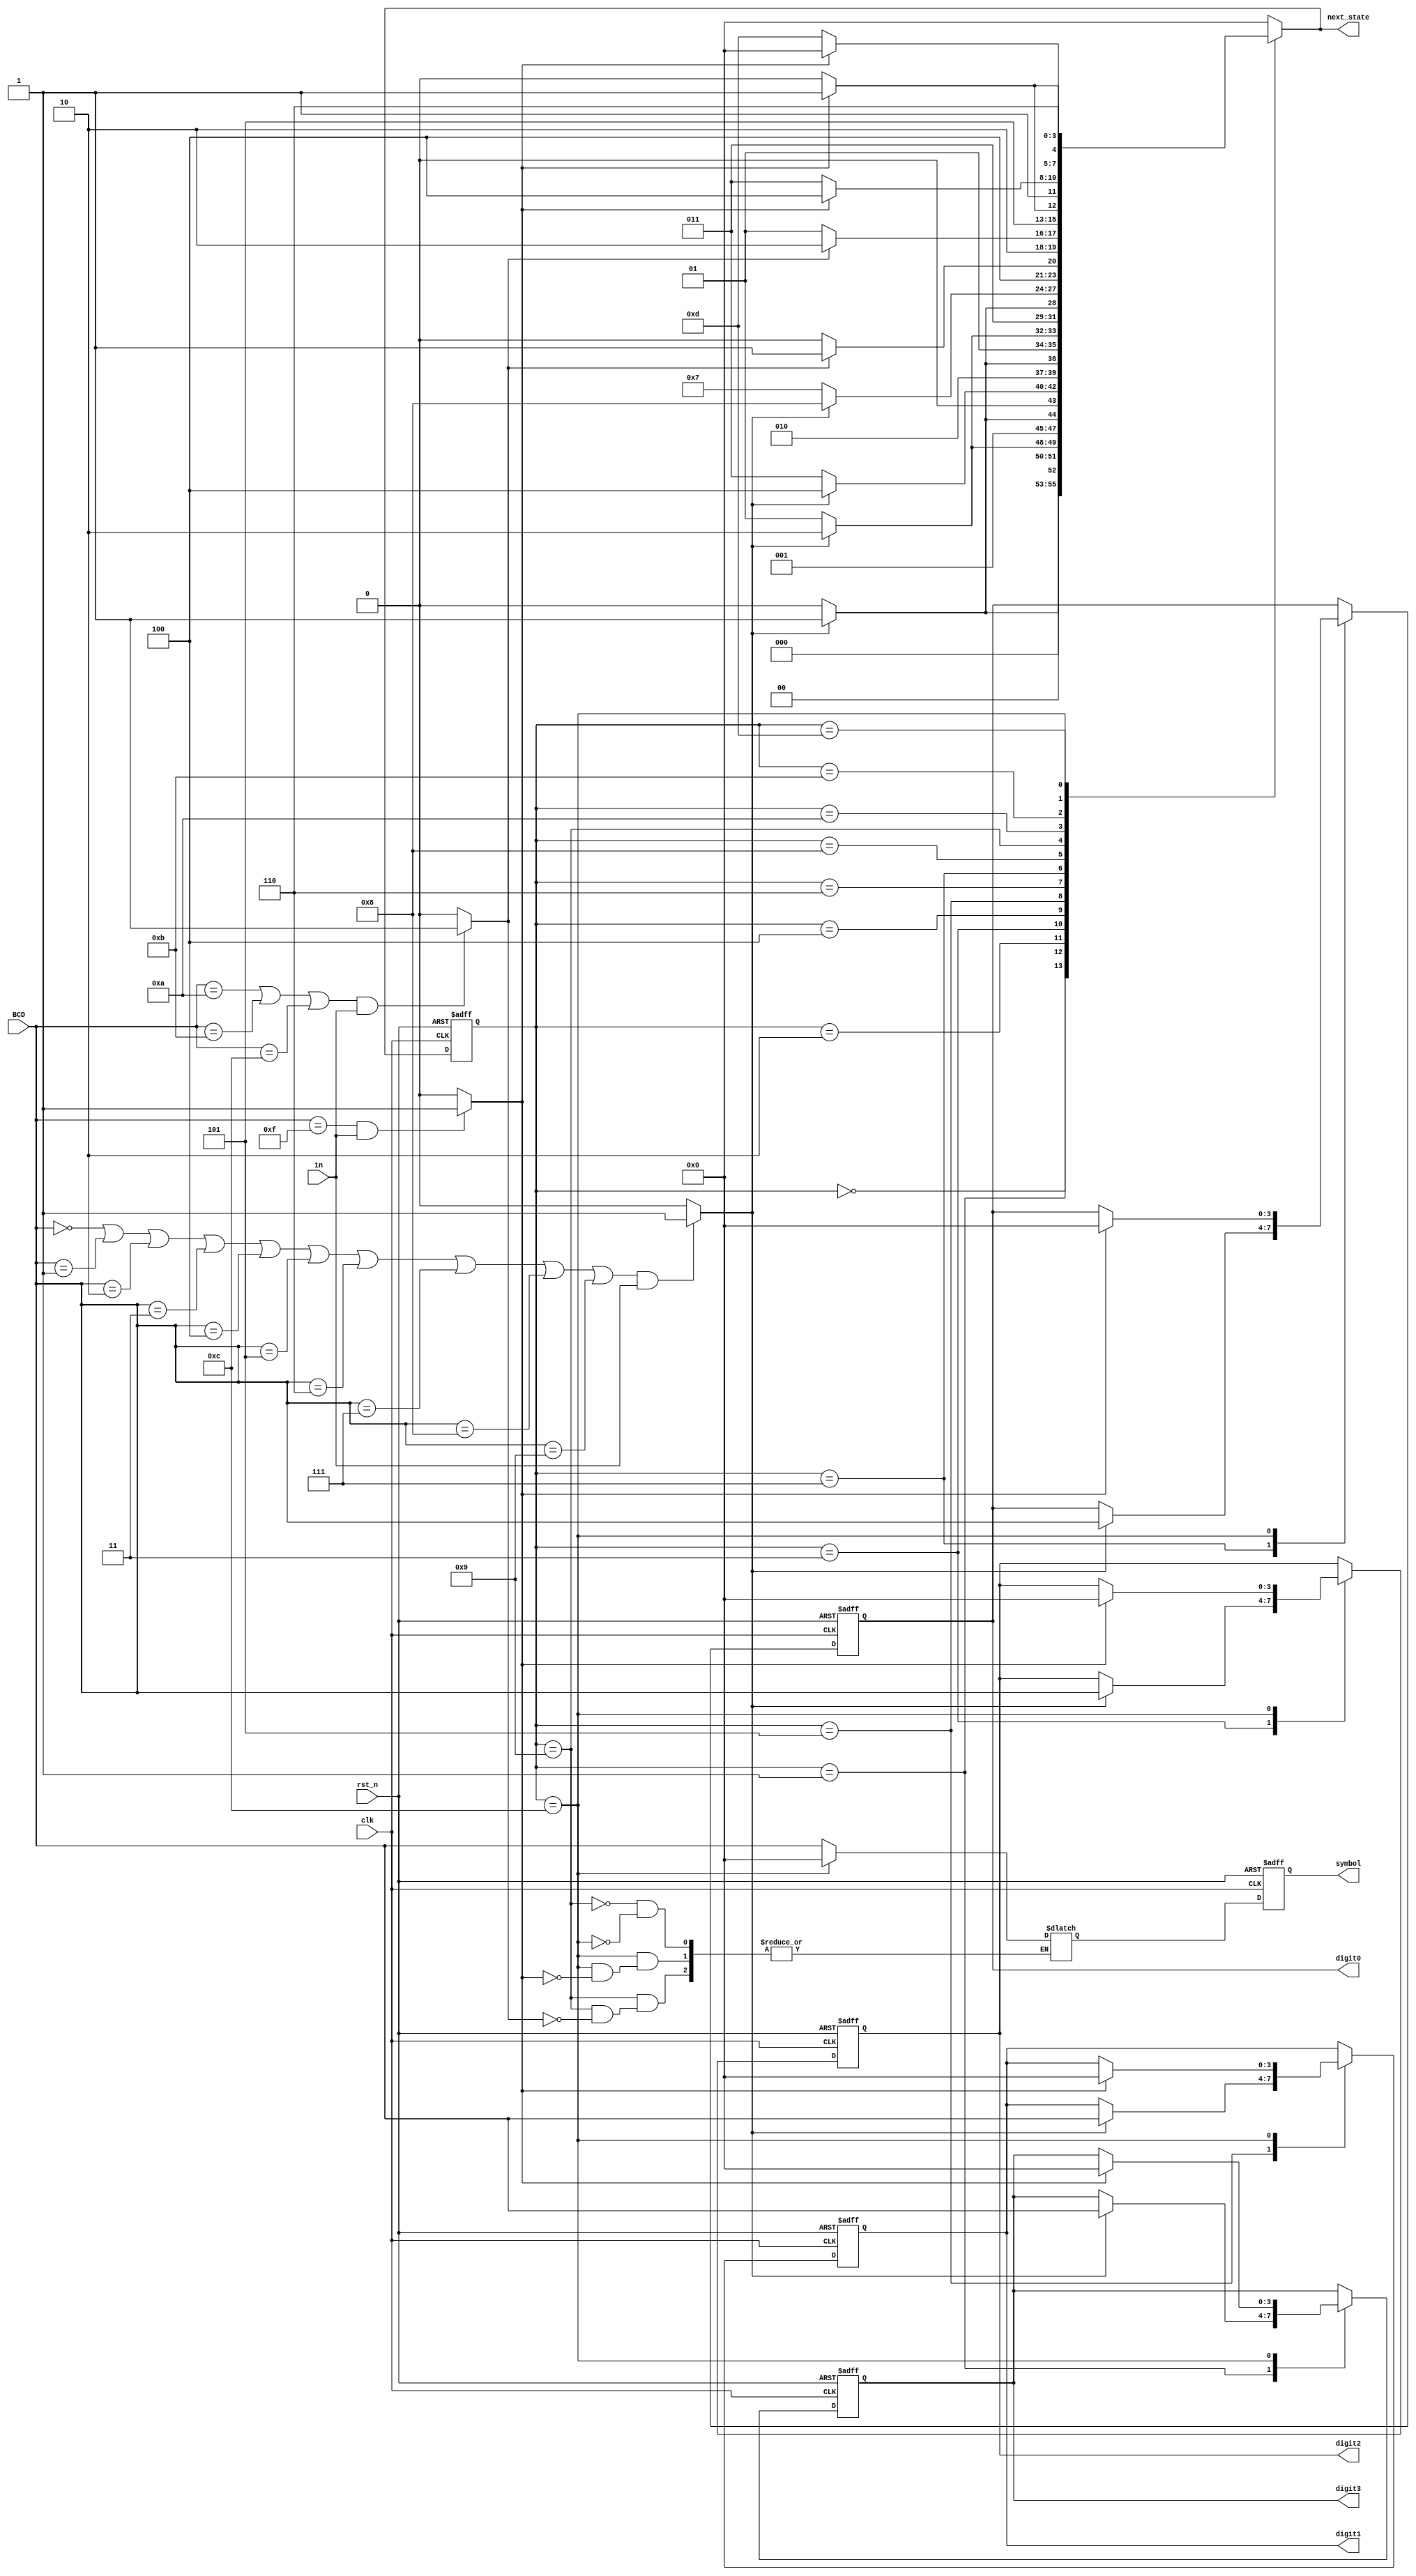
`timescale 1ns / 1ps
`define S0 4'b0000
`define S1 4'b0001
`define S2 4'b0010
`define S3 4'b0011
`define S4 4'b0100
`define S5 4'b0101
`define S6 4'b0110
`define S7 4'b0111
`define S8 4'b1000
`define S9 4'b1001
`define S10 4'b1010
`define S11 4'b1011
`define S12 4'b1100
`define S13 4'b1101

module FSM(
  output reg [3:0] next_state,  
  output reg [3:0] digit3,
  output reg [3:0] digit2,
  output reg [3:0] digit1,
  output reg [3:0] digit0,
  output reg [3:0] symbol,
  input [3:0] BCD,
  input in,
  input clk, 
  input rst_n  
);

reg [3:0] state;  
reg [3:0] next_digit3,next_digit2,next_digit1,next_digit0;
reg [3:0] next_symbol;
wire in_num;
wire in_sym;
wire in_enter;


assign in_num = (BCD == 4'd0 || BCD == 4'd1 ||BCD == 4'd2 ||BCD == 4'd3 || BCD == 4'd4||BCD == 4'd5 ||BCD == 4'd6 || BCD == 4'd7 || BCD == 4'd8 || BCD == 4'd9)& in? 1 : 0;
assign in_sym = (BCD == 4'd10 || BCD == 4'd11 ||BCD == 4'd12 )& in? 1 : 0;
assign in_enter = (BCD == 4'd15)&in ? 1:0;

always @*
begin
       next_digit3 = digit3;
       next_digit2 = digit2;
       next_digit1 = digit1;
       next_digit0 = digit0;
  case (state)
    `S0://press
      if (in_num)
      begin
        next_state = `S1;     
      end
      else
      begin
        next_state = `S0;
      end
    `S1://save digit3
      if (in_num)
      begin
        next_state = `S2;
        next_digit3 = BCD;
      end
      else
      begin
        next_state = `S1;
      end
    `S2://press
      if (in_num)
      begin
         next_state = `S3;
      end
      else
      begin
        next_state = `S2;
      end
    `S3://save digit2
      if (in_num)
      begin
         next_state = `S4;  
         next_digit2 = BCD;  
      end
      else
      begin
          next_state = `S3;
      end 
    `S4://press
      if (in_num)
      begin
          next_state = `S5;
      end
      else
      begin
          next_state = `S4;
      end
    `S5://save digit1
      if (in_num)
      begin
           next_state = `S6;
           next_digit1 = BCD;
       end
       else
       begin
            next_state = `S5;
       end 
     `S6://press
       if (in_num)
       begin
            next_state = `S7;
       end
       else
       begin
            next_state = `S6;
       end 
     `S7://save digit0
       if (in_num)
       begin
            next_state = `S8;
            next_digit0 = BCD;
       end
       else
       begin
            next_state = `S7;
        end 
      `S8://press 
        if (in_sym)
        begin
             next_state = `S9;         
         end
         else
         begin
             next_state = `S8;
         end 
      `S9://save symbol
         if (in_sym)
         begin
              next_state = `S10;
              next_symbol = BCD;
         end
         else
         begin
              next_state = `S9;
         end  
      `S10://press enter
         if (in_enter)
         begin
              next_state = `S11;
         end
         else
         begin
              next_state = `S10;
         end 
      `S11://show result
         if (in_enter)
         begin
               next_state = `S12;
         end
         else
         begin
                next_state = `S11;
         end  
       `S12://press enter
         if (in_enter)
         begin
                next_state = `S13;
                next_digit3 = 4'd0;
                next_digit2 = 4'd0;
                next_digit1 = 4'd0;
                next_digit0 = 4'd0;
                next_symbol = 4'd0;
         end
         else
         begin
                 next_state = `S12;
         end
      `S13://clear data
         if (in_enter)
         begin
                 next_state = `S0;
         end
         else
         begin
                 next_state = `S13;
          end      
       default:
       begin
        next_state = `S0;	 
       end
endcase
end

always @(posedge clk or negedge rst_n)
begin
  if (~rst_n)
    state <= 4'b0000;
  else
    state <= next_state;
end

always @(posedge clk or negedge rst_n)
begin
  if (~rst_n)
    digit3 <= 4'b0000;
  else
    digit3 <= next_digit3;
end

always @(posedge clk or negedge rst_n)
begin
  if (~rst_n)
    digit2 <= 4'b0000;
  else
    digit2 <= next_digit2;
end

always @(posedge clk or negedge rst_n)
begin
  if (~rst_n)
    digit1 <= 4'b0000;
  else
    digit1 <= next_digit1;
end

always @(posedge clk or negedge rst_n)
begin
  if (~rst_n)
    digit0 <= 4'b0000;
  else
    digit0 <= next_digit0;
end

always @(posedge clk or negedge rst_n)
begin
  if (~rst_n)
    symbol <= 4'b0000;
  else
    symbol <= next_symbol;
end
endmodule